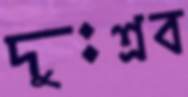
দুঃশ্রব